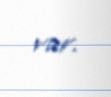
var.